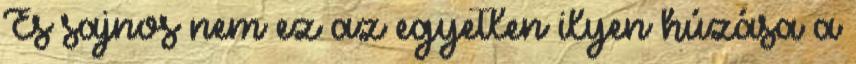
És sajnos nem ez az egyetlen ilyen húzása a